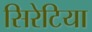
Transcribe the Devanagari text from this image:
सिरेटिया